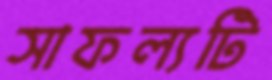
সাফল্যটি